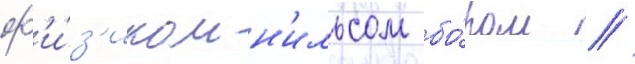
ф'и́з'иком н'ильсом бо́ром //